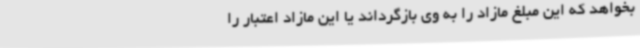
بخواهد که این مبلغ مازاد را به وی بازگرداند یا این مازاد اعتبار را